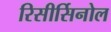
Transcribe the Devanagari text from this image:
रिसीर्सिनोल